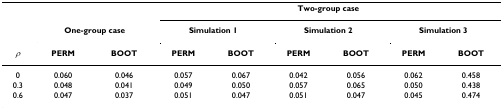
<table><thead><tr><td></td><td></td><td></td><td colspan="6"><b>Two-group case</b></td></tr><tr><td></td><td colspan="2"><b>One-group case</b></td><td colspan="2"><b>Simulation 1</b></td><td colspan="2"><b>Simulation 2</b></td><td colspan="2"><b>Simulation 3</b></td></tr><tr><td><b><i>ρ</i></b></td><td><b>PERM</b></td><td><b>BOOT</b></td><td><b>PERM</b></td><td><b>BOOT</b></td><td><b>PERM</b></td><td><b>BOOT</b></td><td><b>PERM</b></td><td><b>BOOT</b></td></tr></thead><tbody><tr><td>0</td><td>0.060</td><td>0.046</td><td>0.057</td><td>0.067</td><td>0.042</td><td>0.056</td><td>0.062</td><td>0.458</td></tr><tr><td>0.3</td><td>0.048</td><td>0.041</td><td>0.049</td><td>0.050</td><td>0.057</td><td>0.065</td><td>0.050</td><td>0.438</td></tr><tr><td>0.6</td><td>0.047</td><td>0.037</td><td>0.051</td><td>0.047</td><td>0.051</td><td>0.047</td><td>0.045</td><td>0.474</td></tr></tbody></table>